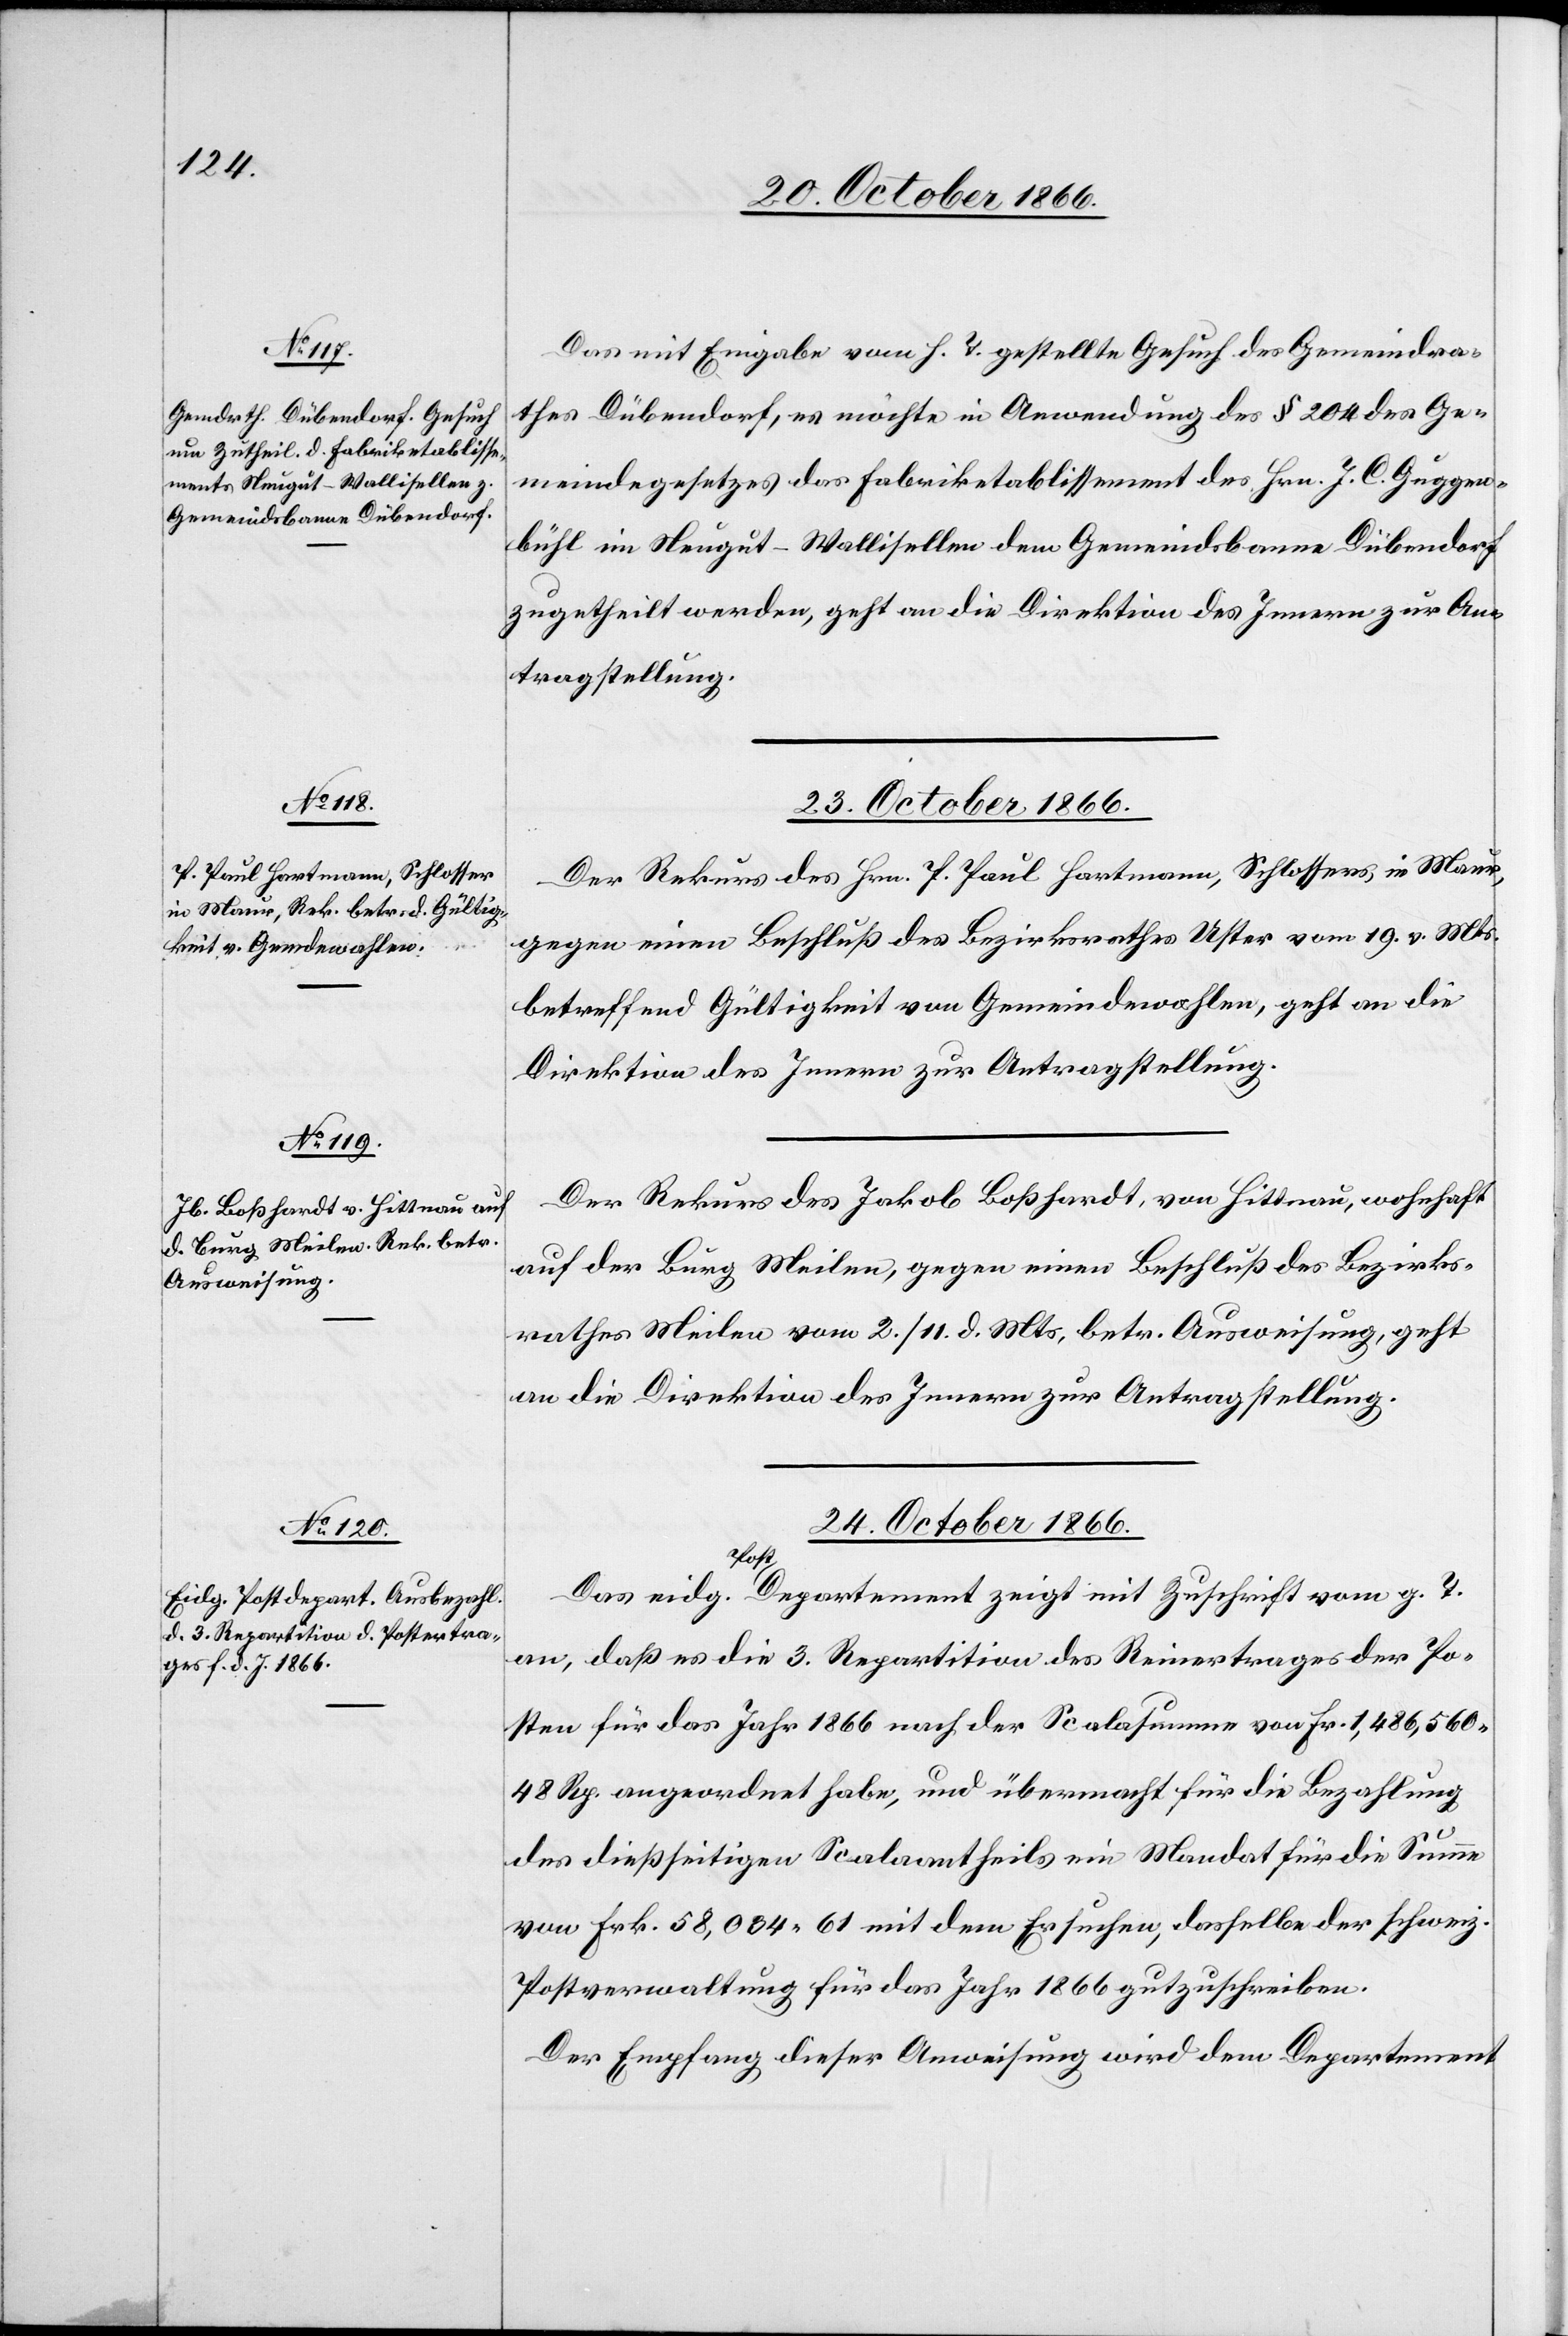
22. October 1866.]
Das mit Eingabe vom h. T. gestellte Gesuch des Gemeindra¬
thes Dübendorf, es möchte in Anwendung des § 204 des Ge¬
meindegesetzes das Fabriketablissement des Hrn. J. C. Guggen¬
bühl im Neugut-Wallisellen dem Gemeindsbanne Dübendorf
zugetheilt werden, geht an die Direktion des Innern zur An¬
tragstellung.
23. October 1866.]
Der Rekurs des Hrn. P. Paul Hartmann, Schlossers, in Maur,
gegen einen Beschluß des Bezirksrathes Uster vom 19. v. Mts.
betreffend Gültigkeit von Gemeindewahlen, geht an die
Direktion des Innern zur Antragstellung.
Der Rekurs des Jakob Boßhardt, von Hittnau, wohnhaft
auf der Burg Meilen, gegen einen Beschluß des Bezirks¬
rathes Meilen vom 2./11. d. Mts. betr. Ausweisung, geht
an die Direktion des Innern zur Antragstellung.
24. October 1866.
Das eidg. Post-Departement zeigt mit Zuschrift vom g. T.
an, daß es die 3. Repartition des Reinertrages der Po¬
sten für das Jahr 1866 nach der Scalasumme von Fr. 1 486 560.48
Rp. angeordnet habe, und übermacht für die Bezahlung
des dießseitigen Scalaantheils ein Mandat für die Summe
von Frk. 58 034.61 mit dem Ersuchen, dasselbe der schweiz.
Postverwaltung für das Jahr 1866 gutzuschreiben.
Der Empfang dieser Anweisung wird dem Departement